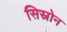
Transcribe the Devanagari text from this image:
सिस्रोन